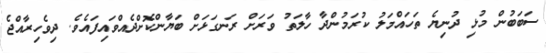
ސަބަބުން މުޅި ދުނިޔެ ތަހައްމަލު ކުރަމުންދާ ހާލަތު ވަރަށް ރަނގަޅަށް ބަޔާންކޮށްދެއްވައިފައެވެ. ދިވެހިރާއްޖެ